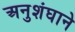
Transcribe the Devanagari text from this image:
अनुशंघाने